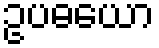
ဥပဓယော